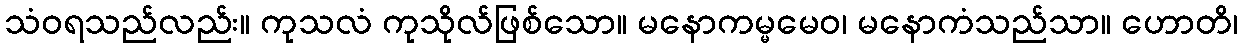
သံဝရသည်လည်း။ ကုသလံ ကုသိုလ်ဖြစ်သော။ မနောကမ္မမေဝ၊ မနောကံသည်သာ။ ဟောတိ၊